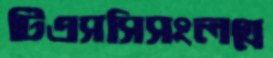
টিএসসিসংলগ্ন